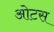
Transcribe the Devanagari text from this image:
ओटस